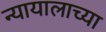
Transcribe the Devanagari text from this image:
न्यायालाच्या